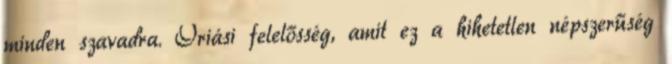
minden szavadra. Óriási felelősség, amit ez a hihetetlen népszerűség